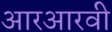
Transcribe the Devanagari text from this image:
आरआरवी